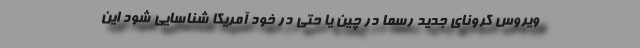
ویروس کرونای جدید رسماً در چین یا حتی در خود آمریکا شناسایی شود این